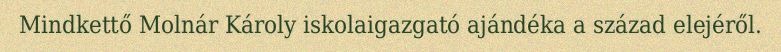
Mindkettő Molnár Károly iskolaigazgató ajándéka a század elejéről.